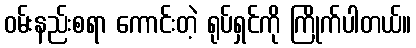
ဝမ်းနည်းစရာ ကောင်းတဲ့ ရုပ်ရှင်ကို ကြိုက်ပါတယ်။